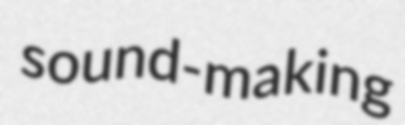
sound-making